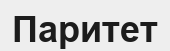
Паритет